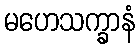
မဟေသက္ခာနံ